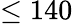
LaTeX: \leq 140